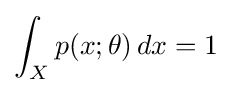
\int _{X}p(x;\theta )\,dx=1